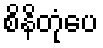
စိနိတုံပေ